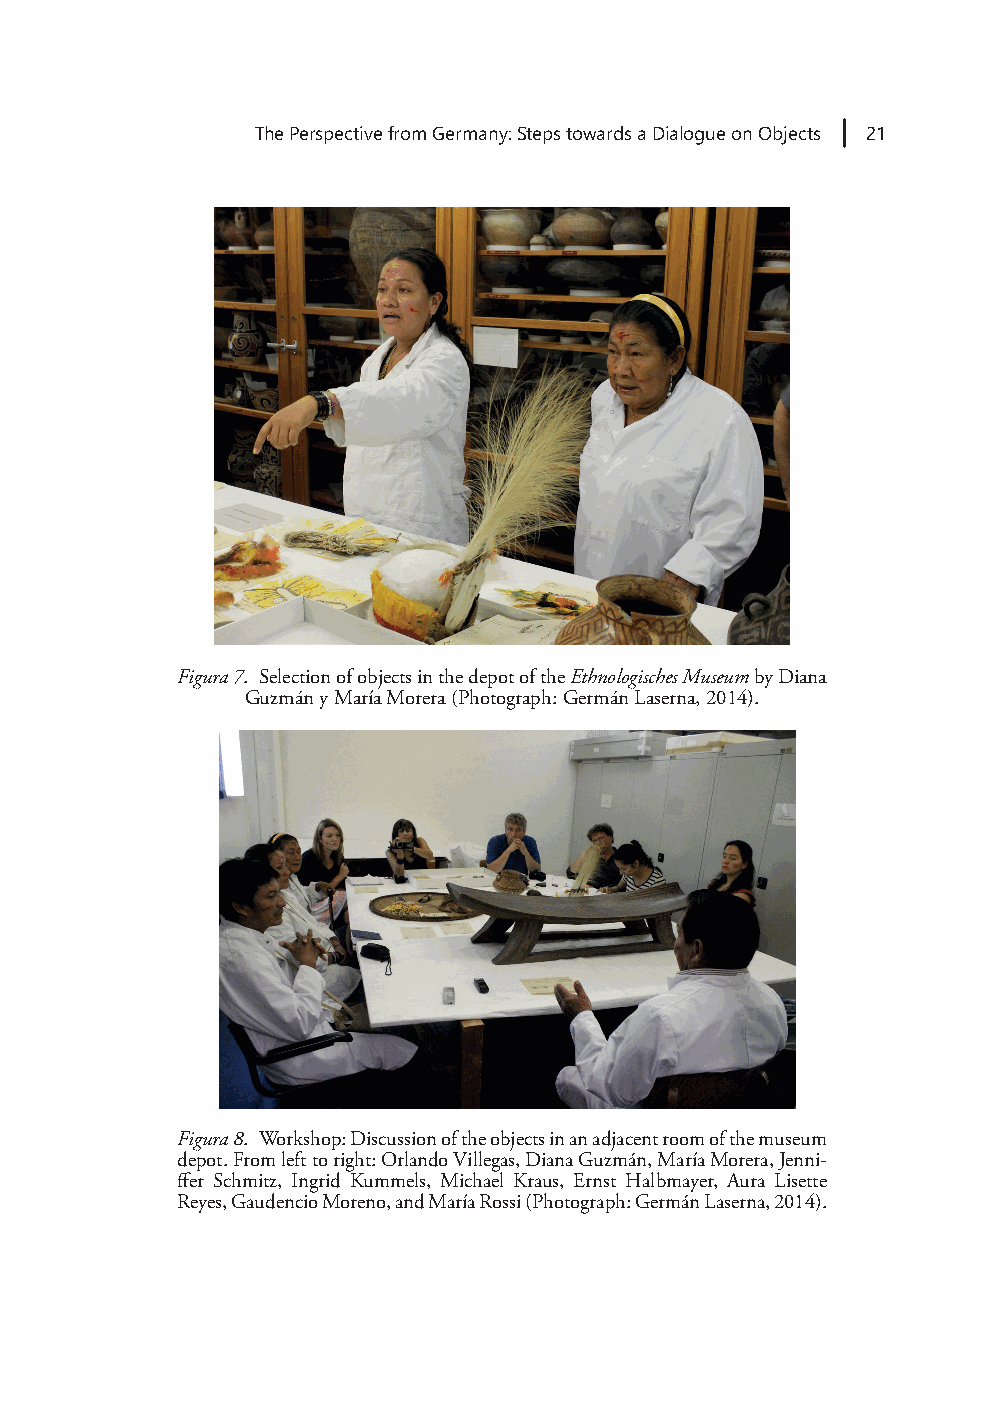
The Perspective from Germany: Steps towards a Dialogue on Objects 21
 Figura 7. Selection of objects in the depot of the Ethnologisches Museum by Diana
 Guzmán y María Morera (Photograph: Germán Laserna, 2014).
 Figura 8. Workshop: Discussion of the objects in an adjacent room of the museum
 depot. From left to right: Orlando Villegas, Diana Guzmán, María Morera, Jenni-
 ffer Schmitz, Ingrid Kummels, Michael Kraus, Ernst Halbmayer, Aura Lisette
 Reyes, Gaudencio Moreno, and María Rossi (Photograph: Germán Laserna, 2014).